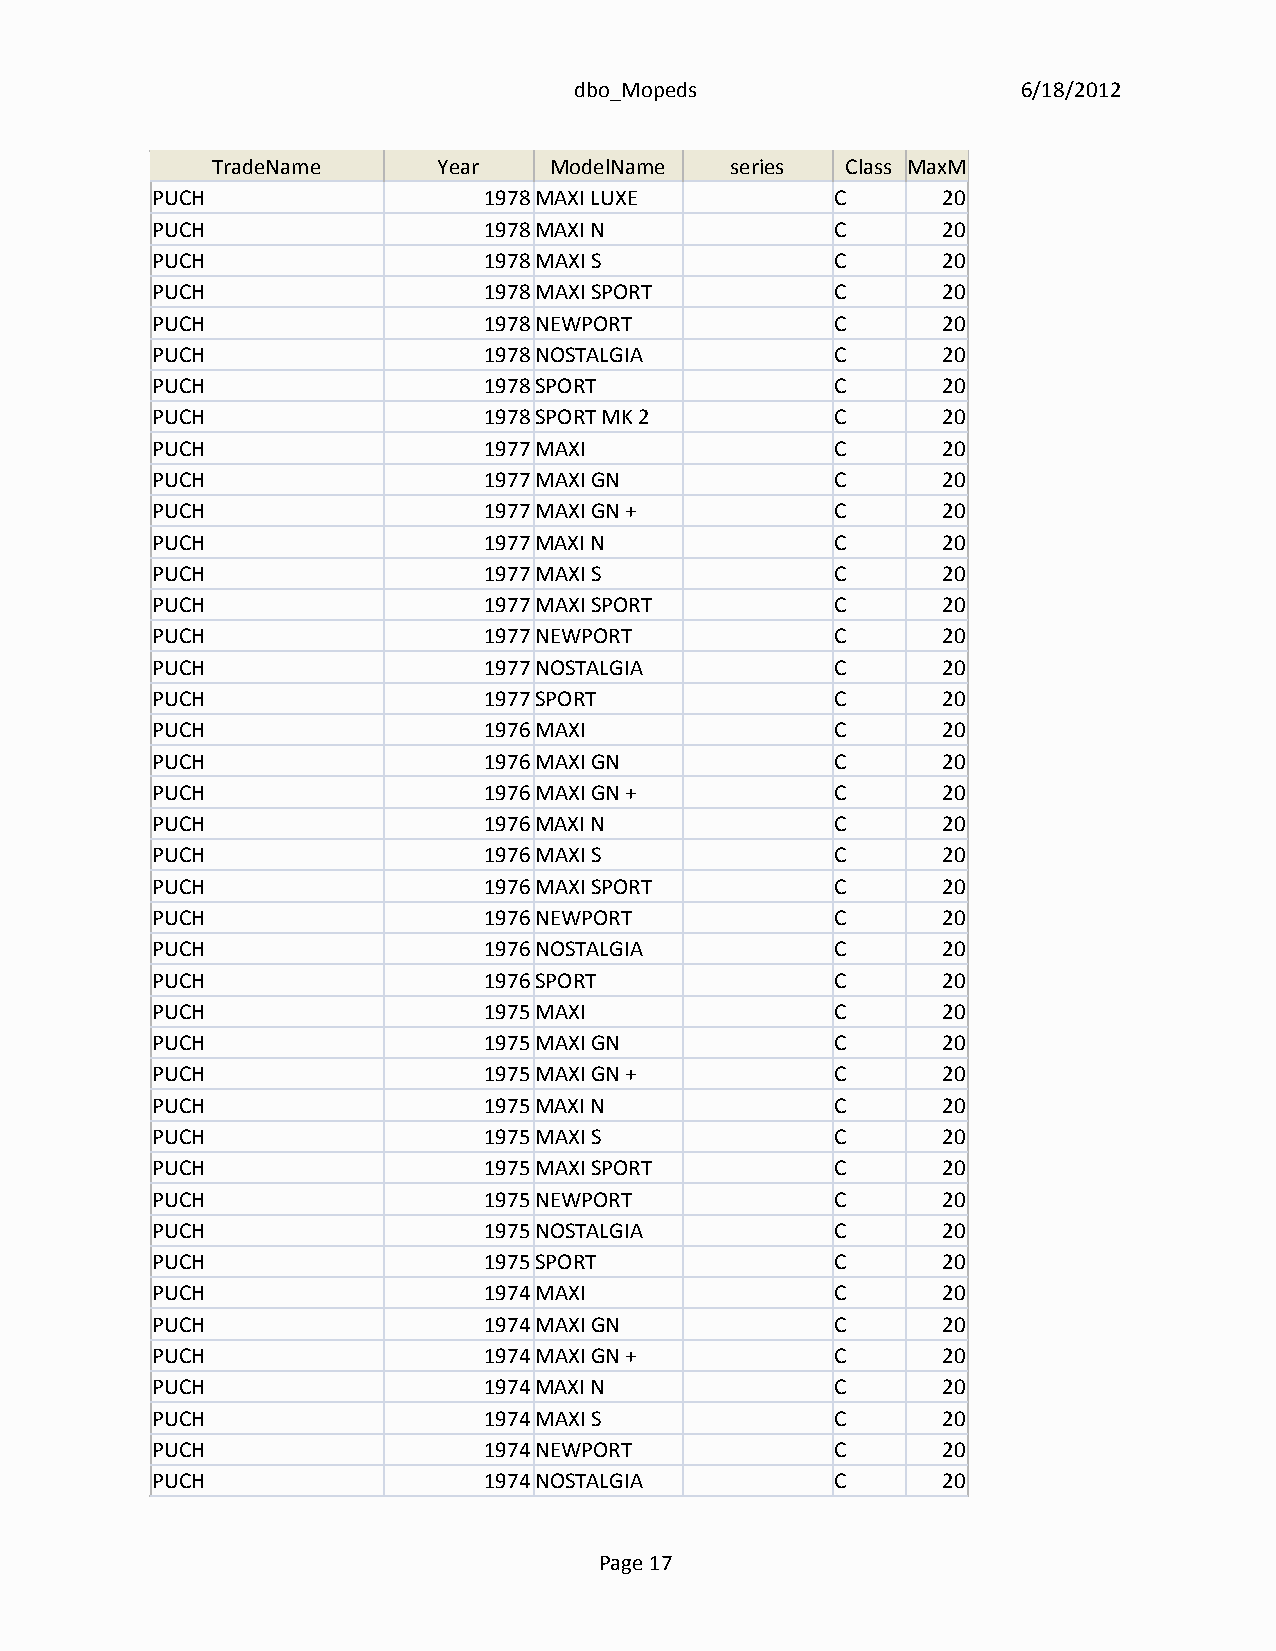
dbo_Mopeds                    6/18/2012
 TradeName      Year   ModelName   series  Class MaxMPH
 PUCH                  1978MAXI LUXE          C      20
 PUCH                  1978MAXI N             C      20
 PUCH                  1978MAXI S             C      20
 PUCH                  1978MAXI SPORT         C      20
 PUCH                  1978NEWPORT            C      20
 PUCH                  1978NOSTALGIA          C      20
 PUCH                  1978SPORT              C      20
 PUCH                  1978SPORT MK 2         C      20
 PUCH                  1977MAXI               C      20
 PUCH                  1977MAXI GN            C      20
 PUCH                  1977MAXI GN +          C      20
 PUCH                  1977MAXI N             C      20
 PUCH                  1977MAXI S             C      20
 PUCH                  1977MAXI SPORT         C      20
 PUCH                  1977NEWPORT            C      20
 PUCH                  1977NOSTALGIA          C      20
 PUCH                  1977SPORT              C      20
 PUCH                  1976MAXI               C      20
 PUCH                  1976MAXI GN            C      20
 PUCH                  1976MAXI GN +          C      20
 PUCH                  1976MAXI N             C      20
 PUCH                  1976MAXI S             C      20
 PUCH                  1976MAXI SPORT         C      20
 PUCH                  1976NEWPORT            C      20
 PUCH                  1976NOSTALGIA          C      20
 PUCH                  1976SPORT              C      20
 PUCH                  1975MAXI               C      20
 PUCH                  1975MAXI GN            C      20
 PUCH                  1975MAXI GN +          C      20
 PUCH                  1975MAXI N             C      20
 PUCH                  1975MAXI S             C      20
 PUCH                  1975MAXI SPORT         C      20
 PUCH                  1975NEWPORT            C      20
 PUCH                  1975NOSTALGIA          C      20
 PUCH                  1975SPORT              C      20
 PUCH                  1974MAXI               C      20
 PUCH                  1974MAXI GN            C      20
 PUCH                  1974MAXI GN +          C      20
 PUCH                  1974MAXI N             C      20
 PUCH                  1974MAXI S             C      20
 PUCH                  1974NEWPORT            C      20
 PUCH                  1974NOSTALGIA          C      20
 Page 17